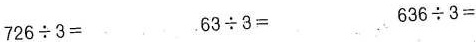
$$726\div3＝$$ $$ 63\div3＝$$ $$ 636\div3＝$$